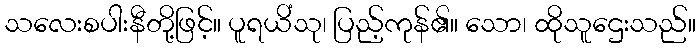
သလေးစပါးနီတို့ဖြင့်။ ပူရယိံသု၊ ပြည့်ကုန်၏။ သော၊ ထိုသူဌေးသည်။